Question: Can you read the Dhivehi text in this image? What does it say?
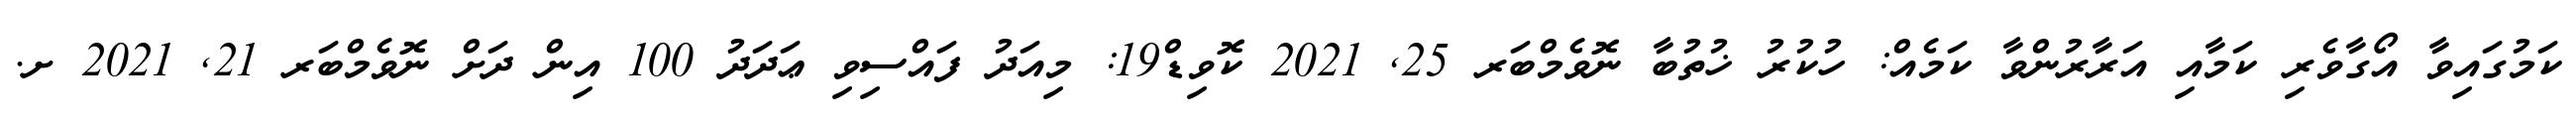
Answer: ކަމުގައިވާ އޯގާވެރި ކަމާއި އަރާރުންވާ ކަމެއް: ހުކުރު ޚުތުބާ ނޮވެމްބަރ 25, 2021 ކޮވިޑް19: މިއަދު ފައްސިވި ޢަދަދު 100 އިން ދަށް ނޮވެމްބަރ 21, 2021 ށ.